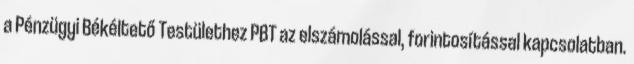
a Pénzügyi Békéltető Testülethez PBT az elszámolással, forintosítással kapcsolatban.